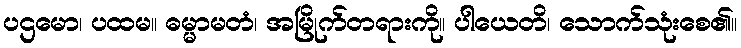
ပဌမော၊ ပထမ။ ဓမ္မာမတံ၊ အမြိုက်တရားကို။ ပါယေတိ၊ သောက်သုံးစေ၏။